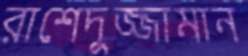
রাশেদুজ্জামান